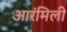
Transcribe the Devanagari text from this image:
आरंमिली